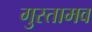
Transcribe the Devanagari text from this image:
गुस्तामव